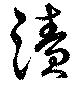
漬